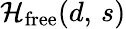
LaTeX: {\mathcal{H}}_{\mathrm{free}}(d,\, s)